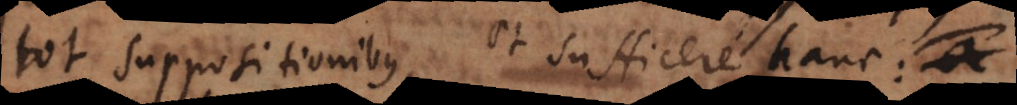
tot suppositionibus, et sufficere hanc: